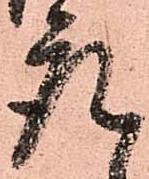
座